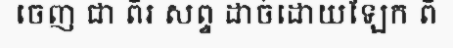
ចេញ ជា ពីរ សព្ទ ដាច់ដោយឡែក ពី